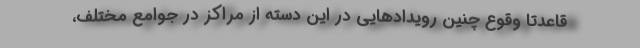
قاعدتاً وقوع چنین رویدادهایی در این دسته از مراکز در جوامع مختلف،